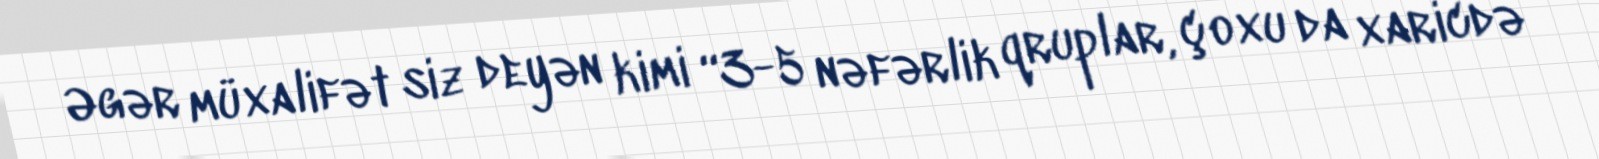
Əgər müxalifət siz deyən kimi “3-5 nəfərlik qruplar, çoxu da xaricdə